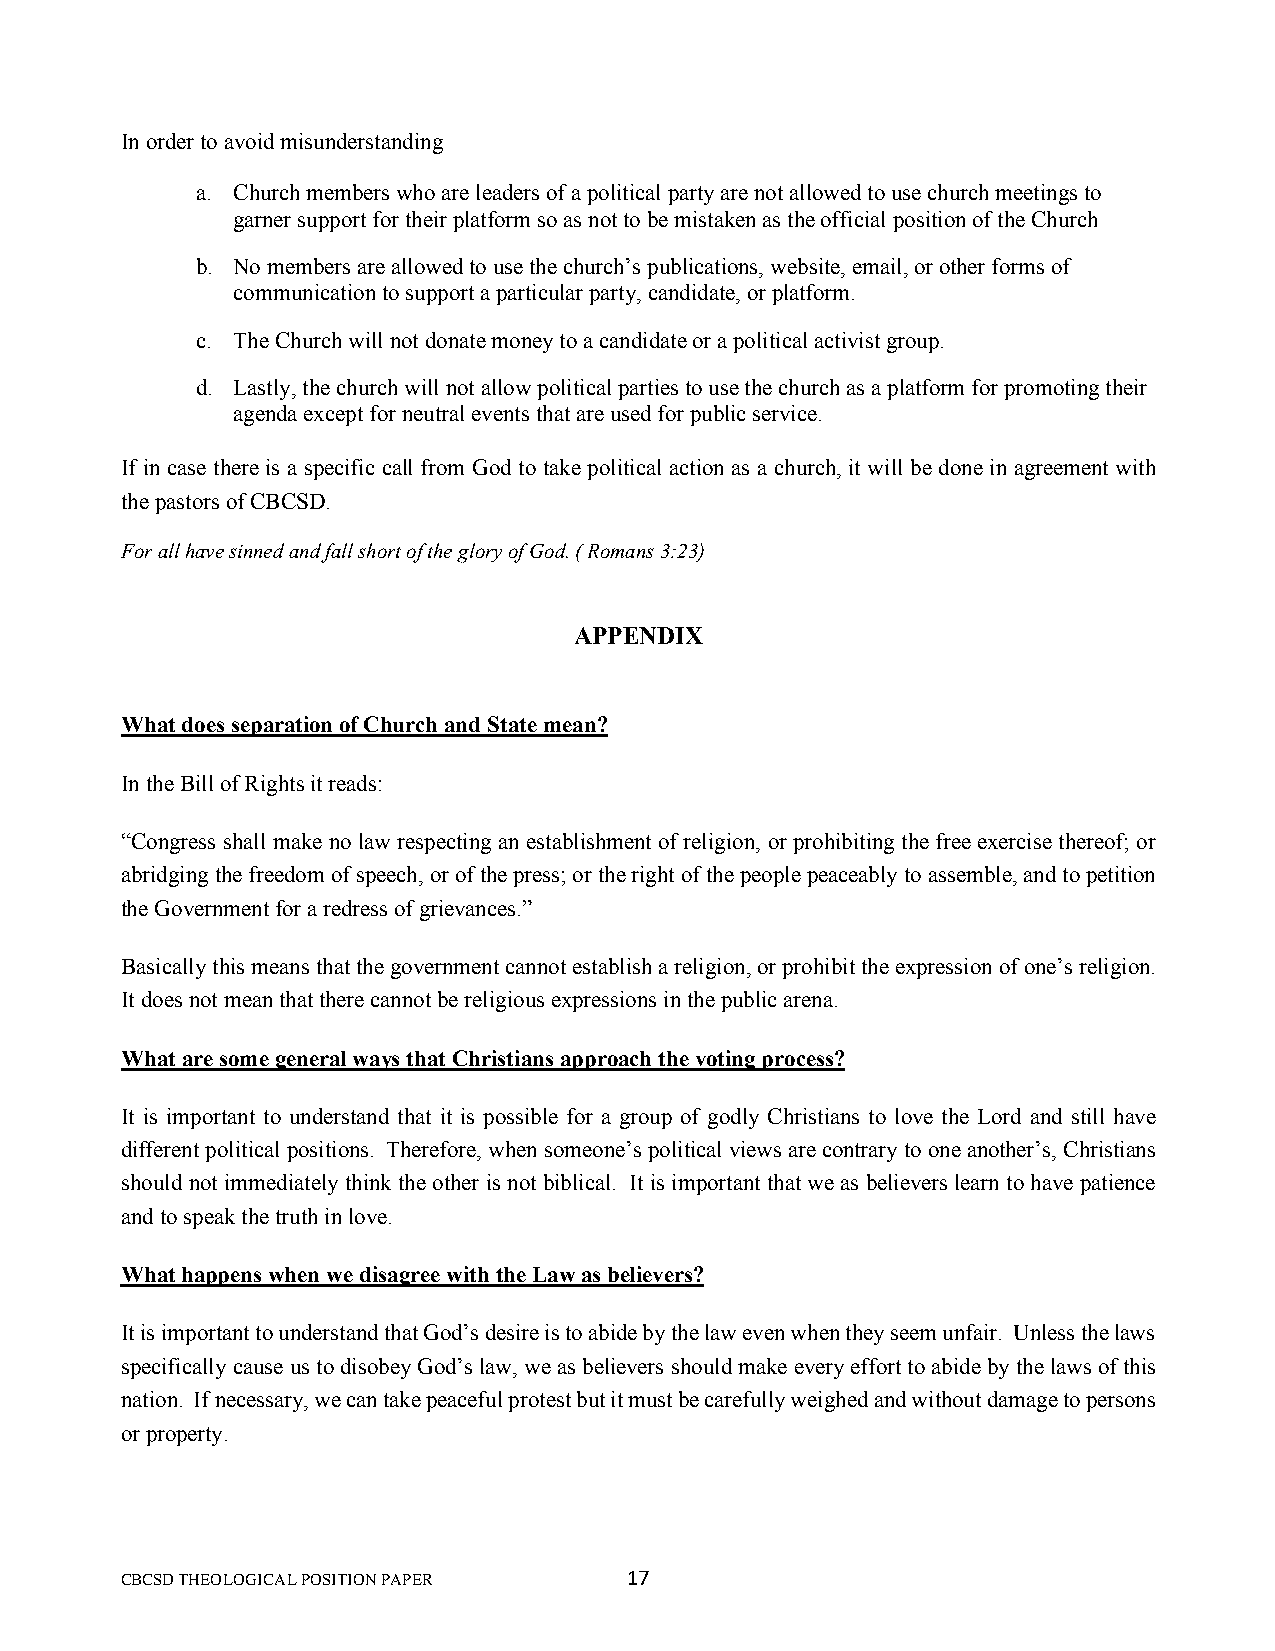
In order to avoid misunderstanding
 a. Church members who are leaders of a political party are not allowed to use church meetings to
 garner support for their platform so as not to be mistaken as the official position of the Church
 b. No members are allowed to use the church’s publications, website, email, or other forms of
 communication to support a particular party, candidate, or platform.
 c. The Church will not donate money to a candidate or a political activist group.
 d. Lastly, the church will not allow political parties to use the church as a platform for promoting their
 agenda except for neutral events that are used for public service.
 If in case there is a specific call from God to take political action as a church, it will be done in agreement with
 the pastors of CBCSD.
 For all have sinned and fall short of the glory of God. ( Romans 3:23)
 APPENDIX
 What does separation of Church and State mean?
 In the Bill of Rights it reads:
 “Congress shall make no law respecting an establishment of religion, or prohibiting the free exercise thereof; or
 abridging the freedom of speech, or of the press; or the right of the people peaceably to assemble, and to petition
 the Government for a redress of grievances.”
 Basically this means that the government cannot establish a religion, or prohibit the expression of one’s religion.
 It does not mean that there cannot be religious expressions in the public arena.
 What are some general ways that Christians approach the voting process?
 It is important to understand that it is possible for a group of godly Christians to love the Lord and still have
 different political positions. Therefore, when someone’s political views are contrary to one another’s, Christians
 should not immediately think the other is not biblical. It is important that we as believers learn to have patience
 and to speak the truth in love.
 What happens when we disagree with the Law as believers?
 It is important to understand that God’s desire is to abide by the law even when they seem unfair. Unless the laws
 specifically cause us to disobey God’s law, we as believers should make every effort to abide by the laws of this
 nation. If necessary, we can take peaceful protest but it must be carefully weighed and without damage to persons
 or property.
 CBCSD THEOLOGICAL POSITION PAPER 17